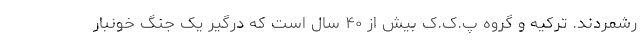
رشمردند. ترکیه و گروه پ.ک.ک بیش از ۴۰ سال است که درگیر یک جنگ خونبار